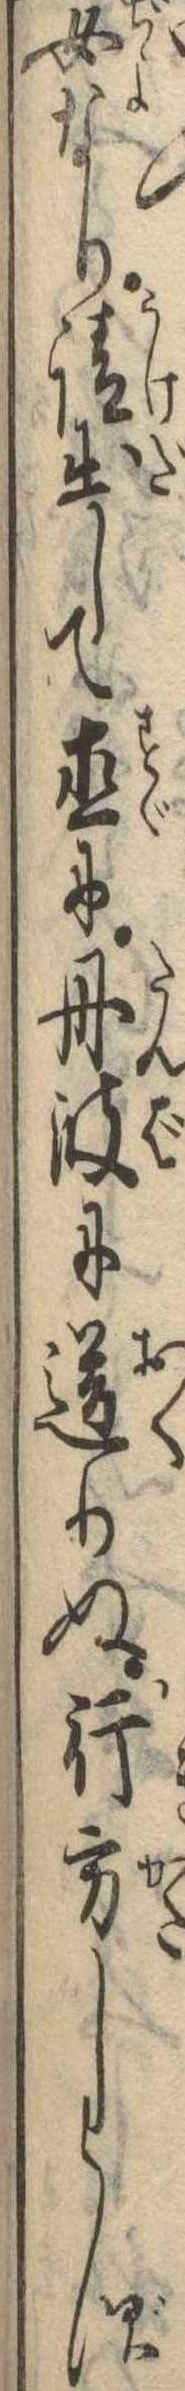
女なり請出して直に丹波に送りぬ行方しらず